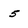
Character: 5